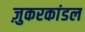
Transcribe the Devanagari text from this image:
ज़ुकरकांडल